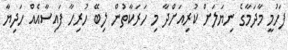
ފަހުމީ މާދަމާގެ ނިޔަލަށް ކުރިއަށްދާ މި ހަރަކާތުން ލިބޭ ހުރިހާ ފައިސާއެއް ހަދިޔާ